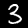
Digit: 3